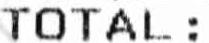
TOTAL :